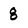
Character: 8